Civil Veterinary Dept. Bombay admin report 1907-1913 - 1907-1913
Year: 1907
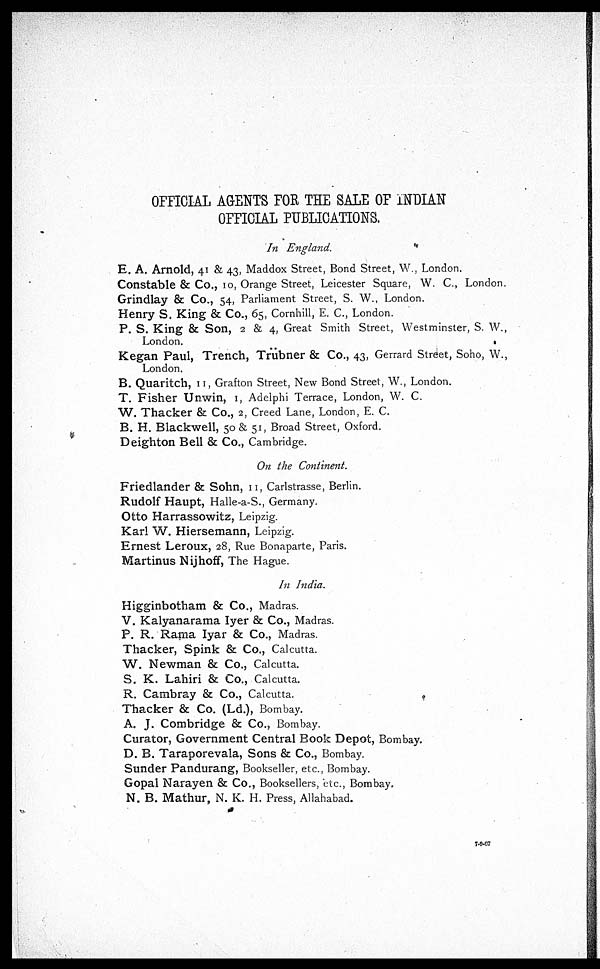
OFFICIAL AGENTS FOE THE SALE OF INDIAN
OFFICIAL PUBLICATIONS.
In England.
E. A. Arnold, 41 & 43, Maddox Street, Bond Street, W., London.
Constable & Co., 10, Orange Street, Leicester Square, W. C, London.
Grindlay & Co., 54, Parliament Street, S. W., London.
Henry S. King & Co., 65, Cornhill, E. C., London.
P. S. King & Son, 2 & 4, Great Smith Street, Westminster, S. W.,
London.
Kegan Paul, Trench, Trübner & Co., 43, Gerrard Street, Soho, W.,
London.
B. Quaritch, 11, Grafton Street, New Bond Street, W., London.
T. Fisher Unwin, 1, Adelphi Terrace, London, W. C.
W. Thacker & Co., 2, Creed Lane, London, E. C.
B. H. Blackwell, 50 & 51, Broad Street, Oxford.
Deighton Bell & Co., Cambridge.
On the Continent.
Friedlander & Sohn, 11, Carlstrasse, Berlin.
Rudolf Haupt, Halle-a-S., Germany.
Otto Harrassowitz, Leipzig.
Karl W. Hiersemann, Leipzig.
Ernest Leroux, 28, Rue Bonaparte, Paris.
Martinus Nijhoff, The Hague.
In India.
Higginbotham & Co., Madras.
V. Kalyanarama Iyer & Co., Madras.
P. R. Rama Iyar & Co., Madras.
Thacker, Spink & Co., Calcutta.
W. Newman & Co., Calcutta.
S. K. Lahiri & Co., Calcutta.
R. Cambray & Co., Calcutta.
Thacker & Co. (Ld.), Bombay.
A. J. Combridge & Co., Bombay.
Curator, Government Central Book Depot, Bombay.
D. B. Taraporevala, Sons & CO., Bombay.
Sunder Pandurang, Bookseller, etc., Bombay.
Gopal Narayen & Co., Booksellers, etc., Bombay.
N. B. Mathur, N. K. H. Press, Allahabad.
7-9-07